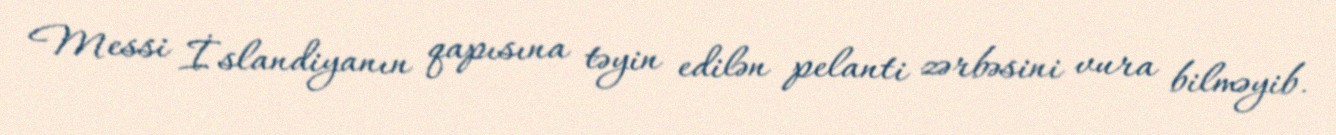
Messi İslandiyanın qapısına təyin edilən pelanti zərbəsini vura bilməyib.